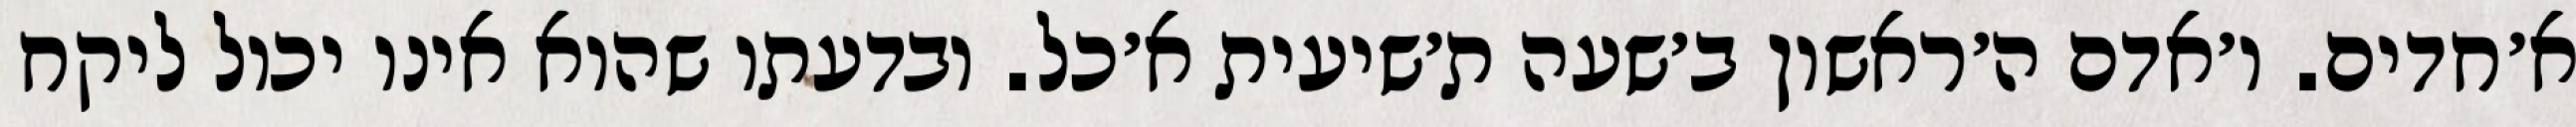
א׳חדים. ו׳אדם ה׳ראשון ב׳שעה ת׳שיעית א׳כל. ובדעתו שהוא אינו יכול ליקח